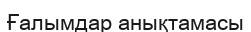
Ғалымдар анықтамасы